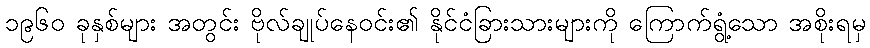
၁၉၆၀ ခုနှစ်များ အတွင်း ဗိုလ်ချုပ်နေဝင်း၏ နိုင်ငံခြားသားများကို ကြောက်ရွံ့သော အစိုးရမှ